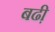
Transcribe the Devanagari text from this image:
बढी़